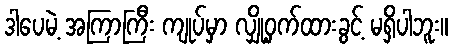
ဒါပေမဲ့ အကြာကြီး ကျုပ်မှာ လျှို့ဝှက်ထားခွင့် မရှိပါဘူး။